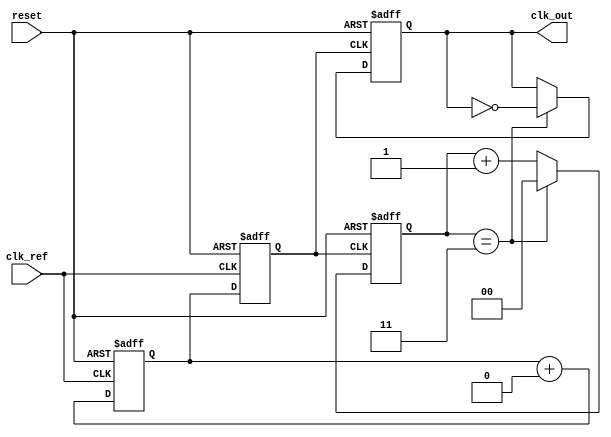
module pll (
    input wire clk_ref,              // Reference clock input
    input wire reset,                // Asynchronous reset
    output wire clk_out              // Output clock
);
    
    // Parameters for the Divider and Loop Filter
    parameter DIV_FACTOR = 4;          // Divide factor for frequency divider
    parameter FILTER_COEFF = 2'b10;    // Loop filter coefficient (example)

    // Signal Declarations
    reg [1:0] phase_error;              // Phase error signal from the phase detector
    reg filter_output;                   // Control voltage output from the loop filter
    reg clk_vco;                        // Output of the voltage-controlled oscillator
    reg clk_div;                        // Output after frequency division
    reg [1:0] memory_block;             // Memory block for calibration data

    // Phase Detector
    always @(posedge clk_ref or negedge reset) begin
        if (!reset) begin
            phase_error <= 2'b00;        // Reset phase error
        end else begin
            // Placeholder for phase detection logic (1-bit phase detection)
            phase_error <= (clk_ref != clk_div) ? 2'b01 : 2'b00; // Example phase comparison
        end
    end

    // Loop Filter
    always @(posedge clk_ref or negedge reset) begin
        if (!reset) begin
            filter_output <= 1'b0;        // Reset filter output
        end else begin
            // Simple low-pass filter implementation
            filter_output <= filter_output + (phase_error[0] ? FILTER_COEFF : 0);
        end
    end

    // Voltage-Controlled Oscillator (VCO)
    always @(posedge clk_ref or negedge reset) begin
        if (!reset) begin
            clk_vco <= 1'b0;              // Reset VCO output
        end else begin
            // VCO output derived from filter output (simplified)
            clk_vco <= filter_output;     // In a real VCO, use control voltage to change frequency
        end
    end

    // Frequency Divider
    reg [1:0] clk_div_counter = 0;
    always @(posedge clk_vco or negedge reset) begin
        if (!reset) begin
            clk_div_counter <= 0;         // Reset divider counter
            clk_div <= 1'b0;              // Reset divided output
        end else begin
            if (clk_div_counter == (DIV_FACTOR - 1)) begin
                clk_div <= ~clk_div;       // Toggle divided output
                clk_div_counter <= 0;      // Reset counter
            end else begin
                clk_div_counter <= clk_div_counter + 1;  // Increment counter
            end
        end
    end

    // Output Assignment
    assign clk_out = clk_div;

    // Memory Block for Calibration/Settings
    always @(posedge clk_ref or negedge reset) begin
        if (!reset) begin
            memory_block <= 2'b00;         // Reset memory block
        end else begin
            memory_block <= {1'b1, 1'b0};   // Dummy calibration data
        end
    end

endmodule